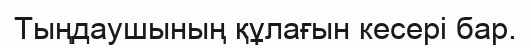
Тыңдаушының құлағын кесері бар.